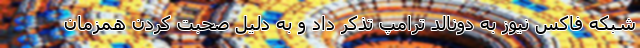
شبکه فاکس نیوز به دونالد ترامپ تذکر داد و به دلیل صحبت کردن همزمان